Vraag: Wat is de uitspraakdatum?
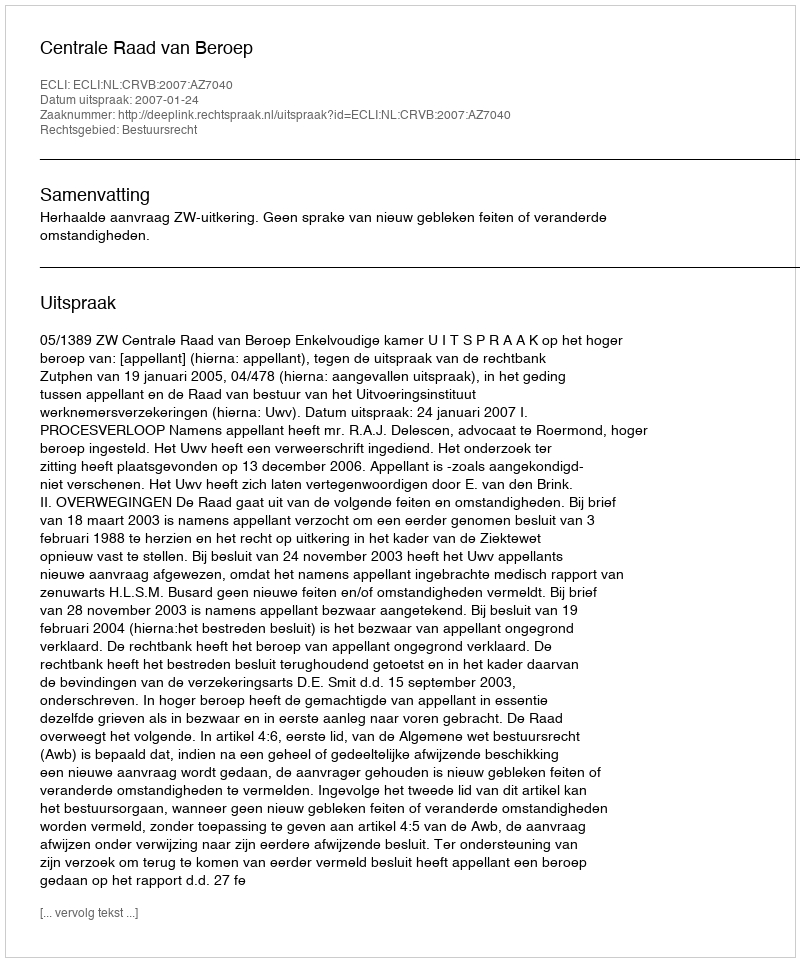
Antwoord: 2007-01-24